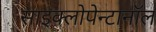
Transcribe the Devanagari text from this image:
साइक्लोपेन्टानॉल